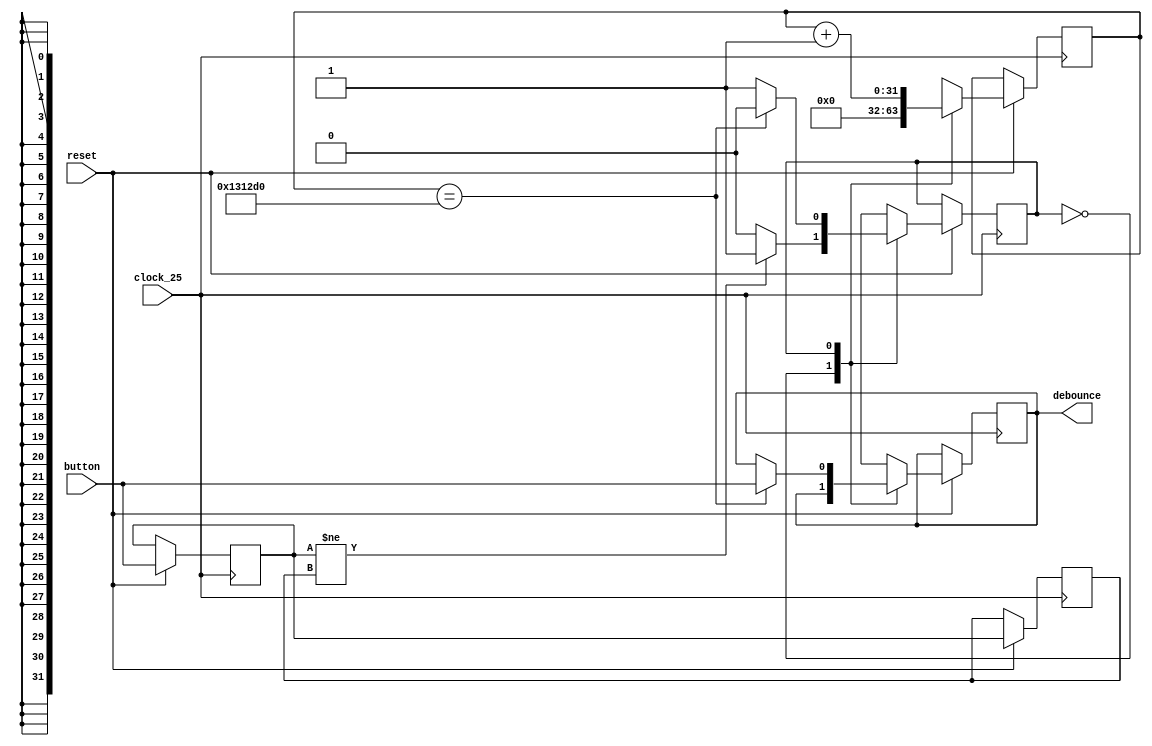
module debounce (
  input clock_25,
  input reset,

  input button,

  output reg debounce
);

//parameter COUNT_MAX = 32'd5000000; // 0.2 seconds with 25MHz clock
//parameter COUNT_MAX = 32'd2500000; // 0.1 seconds with 25MHz clock
parameter COUNT_MAX = 32'd1250000; // 0.05 seconds with 25MHz clock

reg current;
reg last;
reg state;
reg [31:0] counter;

wire transition;


assign transition = current != last;

always@(posedge clock_25 or negedge reset) begin
  if (reset == 1'b0 ) begin

  end else begin
    last <= current;
    current <= button;

    case(state)
      1'b0: // wait for button to change
      begin
        if(transition) state <= 1'b1;
        else state <= 1'b0;
        debounce <= debounce;
        counter <= 32'd0;
      end
      1'b1: // wait for counter
      begin
        if(counter == COUNT_MAX) begin
          state <= 1'b0;
          debounce <= button;
        end else begin
          state <= 1'b1;
          debounce <= debounce;
        end
        counter <= counter + 32'd1;
      end
    endcase
  end // reset
end // always


endmodule